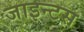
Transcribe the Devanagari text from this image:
जाइन्टस